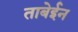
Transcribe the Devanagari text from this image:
ताबेईन